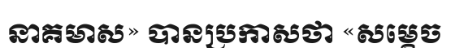
នាគមាស» បានប្រកាសថា «សម្តេច